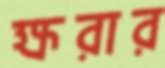
ক্ষরার